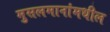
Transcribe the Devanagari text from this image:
मुसलमानांमधील